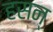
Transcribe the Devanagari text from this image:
हसन्